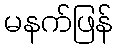
မနက်ဖြန်